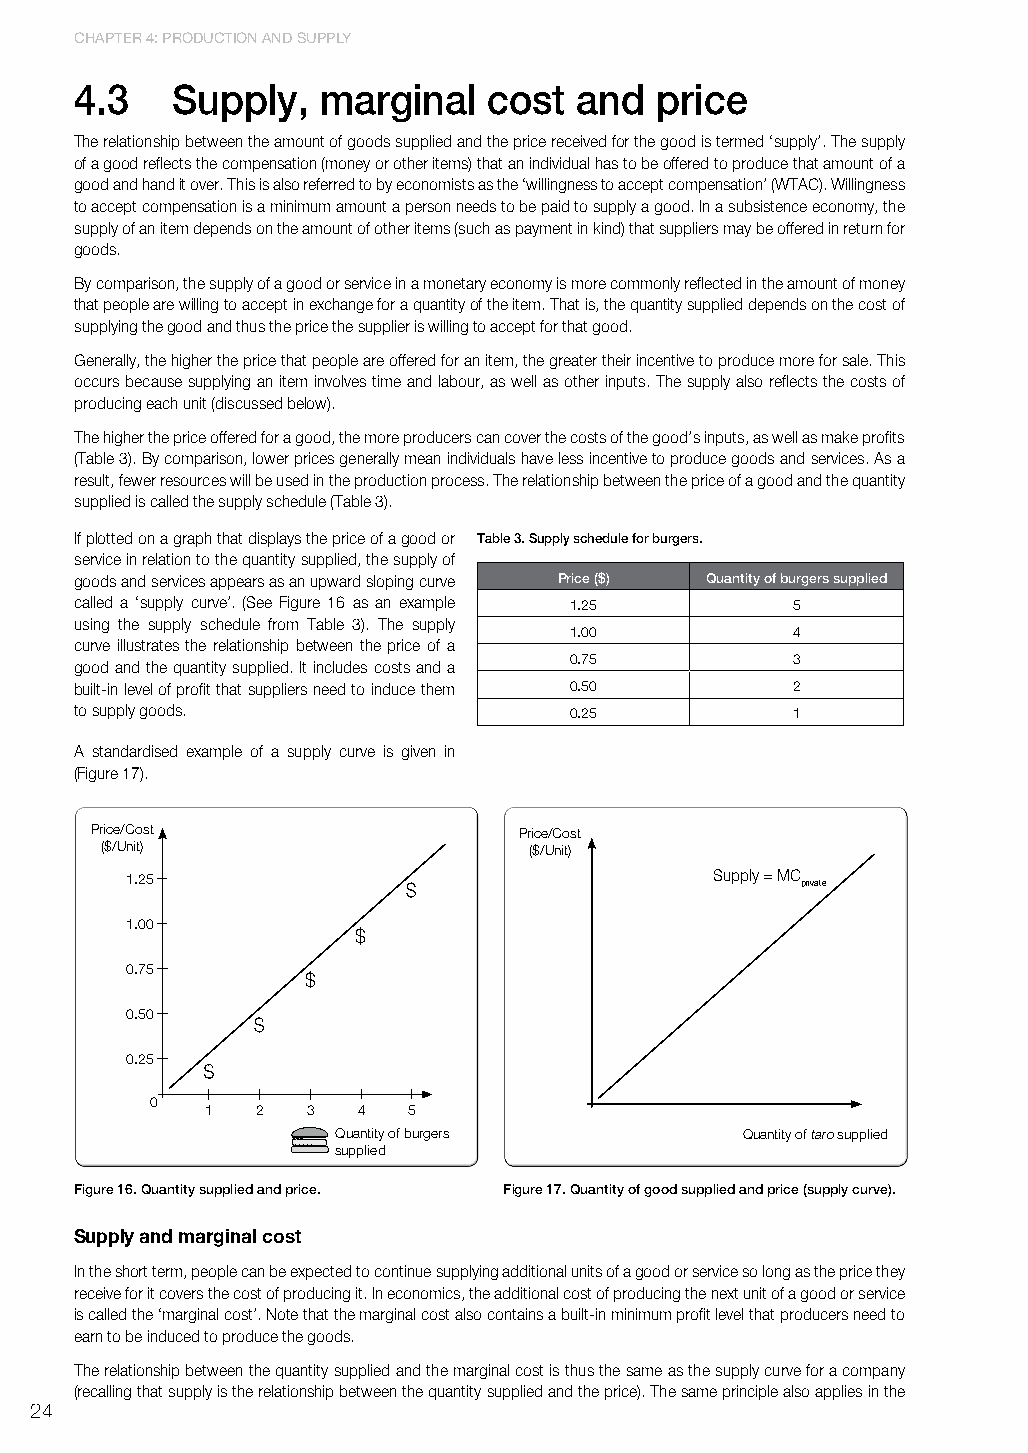
ChaPtER 4: PRoduCtIon and SuPPly
 4.3   supply,   marginal   cost  and  price
 The relationship between the amount of goods supplied and the price received for the good is termed ‘supply’. The supply
 of a good reflects the compensation (money or other items) that an individual has to be offered to produce that amount of a
 good and hand it over. This is also referred to by economists as the ‘willingness to accept compensation’ (WTAC). Willingness
 to accept compensation is a minimum amount a person needs to be paid to supply a good. In a subsistence economy, the
 supply of an item depends on the amount of other items (such as payment in kind) that suppliers may be offered in return for
 goods.
 By comparison, the supply of a good or service in a monetary economy is more commonly reflected in the amount of money
 that people are willing to accept in exchange for a quantity of the item. That is, the quantity supplied depends on the cost of
 supplying the good and thus the price the supplier is willing to accept for that good.
 Generally, the higher the price that people are offered for an item, the greater their incentive to produce more for sale. This
 occurs because supplying an item involves time and labour, as well as other inputs. The supply also reflects the costs of
 producing each unit (discussed below).
 The higher the price offered for a good, the more producers can cover the costs of the good’s inputs, as well as make profits
 (Table 3). By comparison, lower prices generally mean individuals have less incentive to produce goods and services. As a
 result, fewer resources will be used in the production process. The relationship between the price of a good and the quantity
 supplied is called the supply schedule (Table 3).
 If plotted on a graph that displays the price of a good or table 3. supply schedule for burgers.
 service in relation to the quantity supplied, the supply of
 goods and services appears as an upward sloping curve Price ($) Quantity of burgers supplied
 called a ‘supply curve’. (See Figure 16 as an example 1.25 5
 using the supply schedule from Table 3). The supply
 1.00          4
 curve illustrates the relationship between the price of a
 0.75          3
 good and the quantity supplied. It includes costs and a
 built-in level of profit that suppliers need to induce them 0.50 2
 to supply goods.                 0.25          1
 A standardised example of a supply curve is given in
 (Figure 17).
 Price/Cost                  Price/Cost
 ($/Unit)                    ($/Unit)
 1.25                                   Supply = MC private
 1.00
 0.75
 0.50
 0.25
 0
 1  2  3   4  5
 Quantity of burgers        Quantity of taro supplied
 supplied
 figure 16. Quantity supplied and price. figure 17. Quantity of good supplied and price (supply curve).
 Supply and marginal cost
 In the short term, people can be expected to continue supplying additional units of a good or service so long as the price they
 receive for it covers the cost of producing it. In economics, the additional cost of producing the next unit of a good or service
 is called the ‘marginal cost’. Note that the marginal cost also contains a built-in minimum profit level that producers need to
 earn to be induced to produce the goods.
 The relationship between the quantity supplied and the marginal cost is thus the same as the supply curve for a company
 (recalling that supply is the relationship between the quantity supplied and the price). The same principle also applies in the
 24